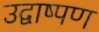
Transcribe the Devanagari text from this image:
उद्वाष्पण